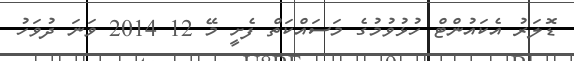
ޑޮލަރު އެކައުންޓް ހުޅުވުމުގެ މަސައްކަތް ފެށީ މޭ 12 2014 ވަނަ ދުވަހު